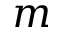
m